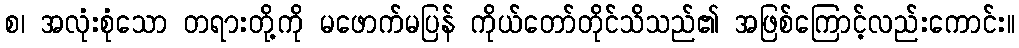
စ၊ အလုံးစုံသော တရားတို့ကို မဖောက်မပြန် ကိုယ်တော်တိုင်သိသည်၏ အဖြစ်ကြောင့်လည်းကောင်း။